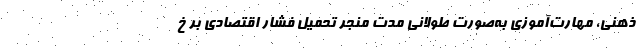
ذهنی، مهارت‌آموزی به‌صورت طولانی مدت منجر تحمیل فشار اقتصادی بر خ